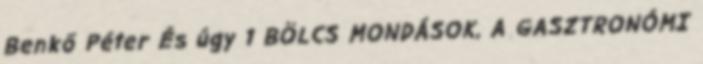
Benkő Péter És úgy 1 BÖLCS MONDÁSOK, A GASZTRONÓMI